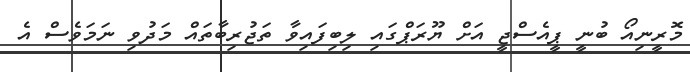
މޮރީނިއޯ ބުނީ ޕީއެސްޖީ އަށް ޔޫރަޕްގައި ލިބިފައިވާ ތަޖުރިބާތައް މަދުވި ނަމަވެސް އެ